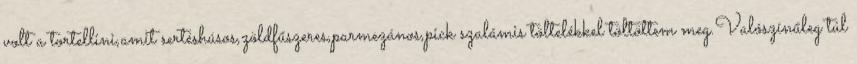
volt a tortellini,amit sertéshúsos,zöldfűszeres,parmezános,pick szalámis töltelékkel töltöttem meg.Valószínűleg túl